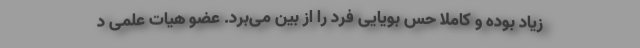
زیاد بوده و کاملا حس بویایی فرد را از بین می‌برد. عضو هیات علمی د